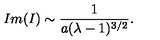
I m ( I ) \sim { \frac { 1 } { a ( \lambda - 1 ) ^ { 3 / 2 } } } .